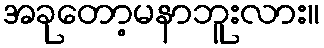
အခုတော့မနာဘူးလား။